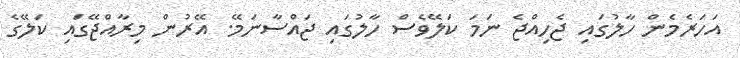
އަހަރެމެން ހާލުގައި ޖެހިއްޖެ ނަމަ ކަލޭވެސް ހާލުގައި ޖައްސާނަމޭ. އޭރުން މިރާއްޖޭގައި ކަލޭގެ